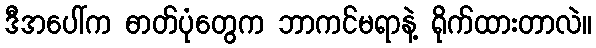
ဒီအပေါ်က ဓာတ်ပုံတွေက ဘာကင်မရာနဲ့ ရိုက်ထားတာလဲ။